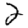
Digit: 2